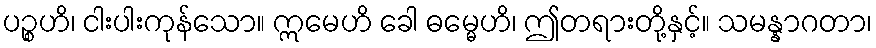
ပဉ္စဟိ၊ ငါးပါးကုန်သော။ ဣမေဟိ ခေါ ဓမ္မေဟိ၊ ဤတရားတို့နှင့်။ သမန္နာဂတာ၊